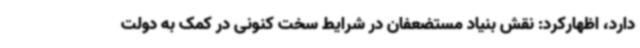
دارد، اظهارکرد: نقش بنیاد مستضعفان در شرایط سخت کنونی در کمک به دولت